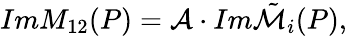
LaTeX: ImM_{12}(P)={\cal A}\cdot Im{\tilde{\cal M}}_{i}(P),